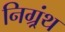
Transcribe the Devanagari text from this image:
निग्र्रंथ